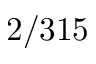
2 / 3 1 5